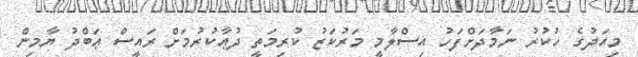
މިއަދުގެ ހުކުރު ނަމާދަށްފަހު އިސްލާމީ މަރުކަޒު ކުރިމަތީ ދުޢާކުރުމަށް ރައީސް ޢަބްދު ޔާމިން